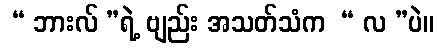
 “ ဘားလ် ”ရဲ့ ဗျည်း အသတ်သံက  “ လ ”ပဲ။